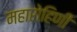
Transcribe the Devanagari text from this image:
महारोहिणी